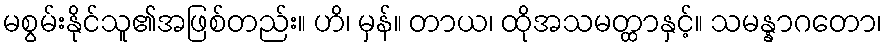
မစွမ်းနိုင်သူ၏အဖြစ်တည်း။ ဟိ၊ မှန်။ တာယ၊ ထိုအသမတ္ထာနှင့်။ သမန္နာဂတော၊